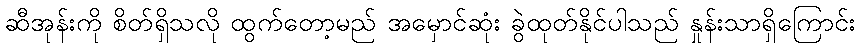
ဆီအုန်းကို စိတ်ရှိသလို ထွက်တော့မည် အမှောင်ဆုံး ခွဲထုတ်နိုင်ပါသည် နှုန်းသာရှိကြောင်း